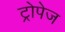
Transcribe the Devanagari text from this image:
ट्रोपेज